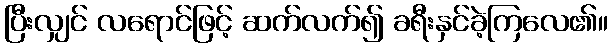
ပြီးလျှင် လရောင်ဖြင့် ဆက်လက်၍ ခရီးနှင်ခဲ့ကြလေ၏။